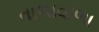
તાળાવાળા